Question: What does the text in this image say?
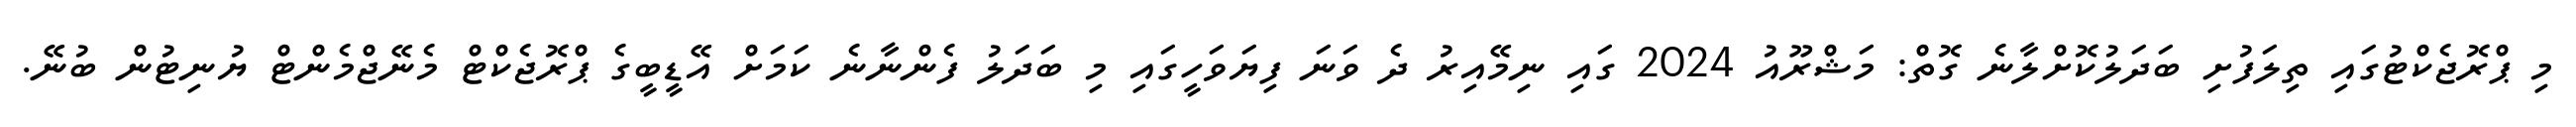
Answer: މި ޕްރޮޖެކްޓުގައި ތިލަފުށި ބަދަލުކޮށްލާނެ ގޮތް: މަޝްރޫއު 2024 ގައި ނިމޭއިރު ދެ ވަނަ ފިޔަވަހީގައި މި ބަދަލު ފެންނާނެ ކަމަށް އޭޑީބީގެ ޕްރޮޖެކްޓް މެނޭޖްމެންޓް ޔުނިޓުން ބުނޭ.